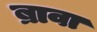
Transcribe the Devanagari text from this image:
ब्रावा